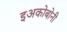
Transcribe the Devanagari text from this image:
इअकोबोनी